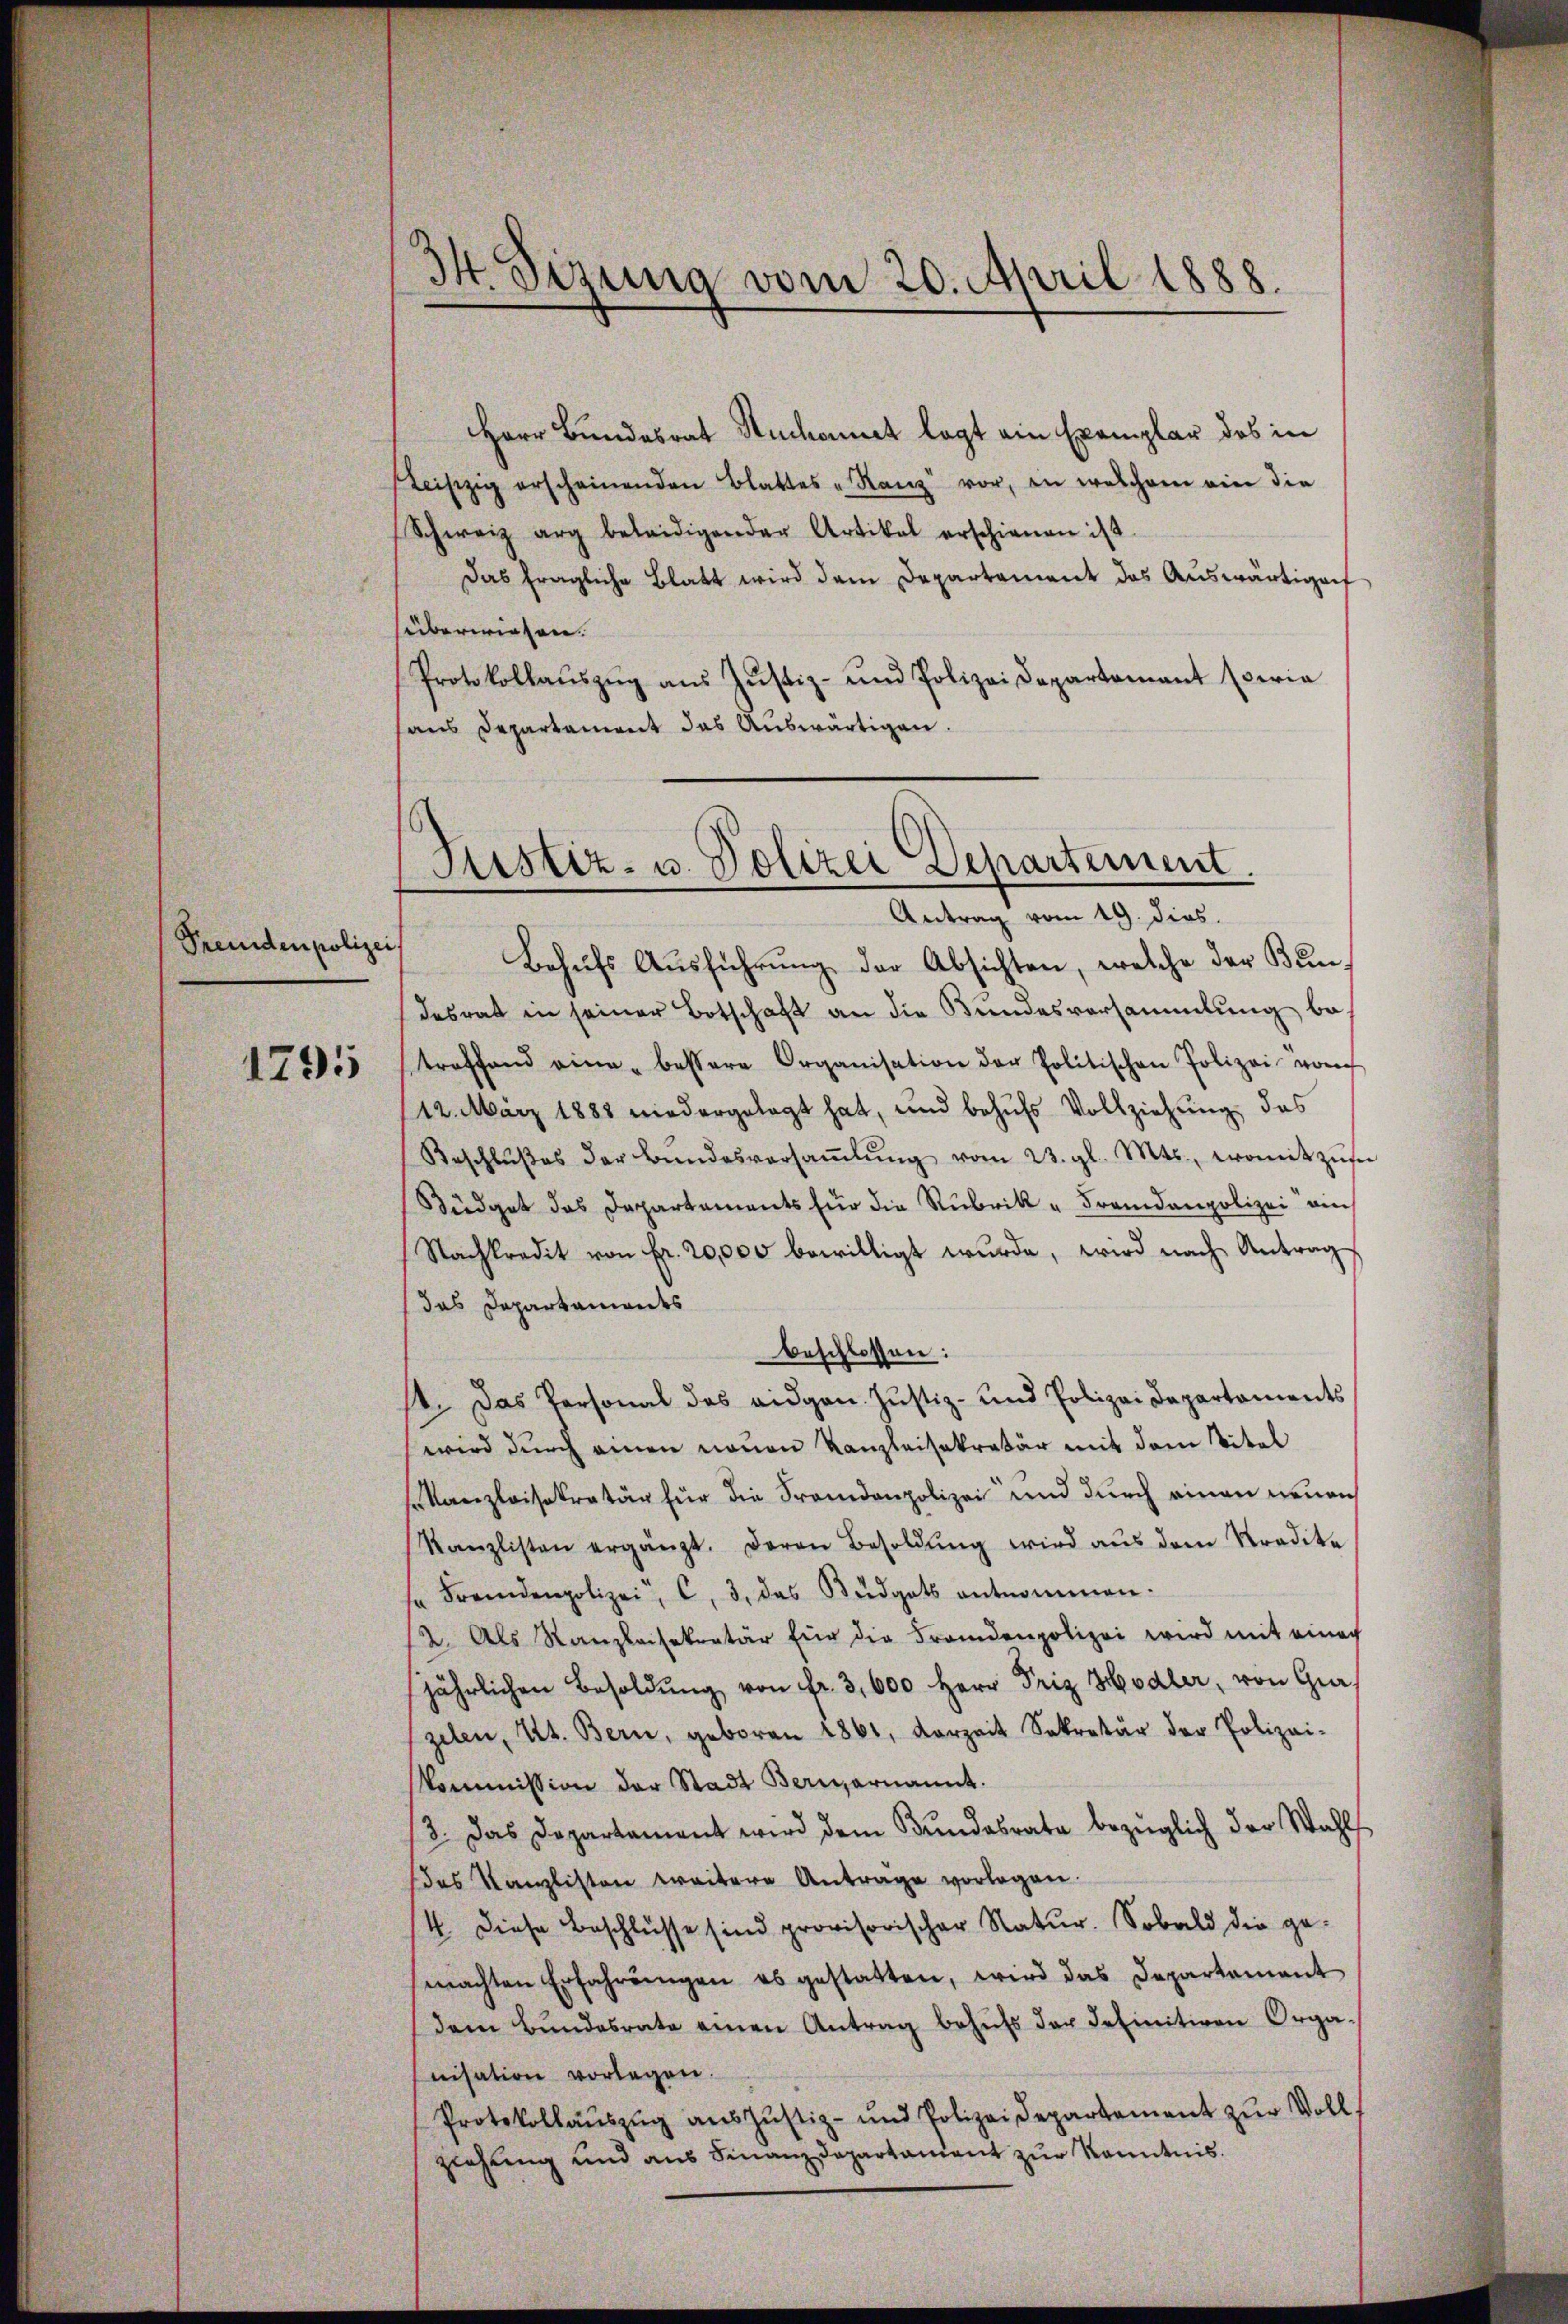
Fremden polize

1795

34. Sirung vom 20. April 1888.

Herr Bundesrat Stuckant legt ein Exemplar das in
eiszig erscheinenden Blattes "Ranz vor, in welchem ein die
Schweiz arg beleidigender Artikal erschienen ist.
Das fragliche Blatt wird dem Departement das Aŭswärtigen
süberwiesen.
Protokollaŭszŭg aŭs Jŭstiz- und Polizei Departamant peria
aus Departanweit das Auswärtigen.

d

Justiz- u. Polizei Departement.
Antrag vom 19. dies

Behufs Ausführung der Absichten, welche der Bundesrat in seiner Botschaft an die Bŭndesversammlung be-
troffend eine bessere Organisation der Politischen Polizei vom
112. März 1888 niedergelegt hat, und behufs Vollziehung, das
Beschlŭβes der Bŭndesversaṁlŭng vom 23. gl. Mts., womit zŭsa
Büdget das Departements für die Rubrik „Fremdenpolizei am
Nachkredit von Fr. 20,000 bewilligt wurde, wird nach Antrag
das Departaments
beschlossen:
st. Das Personal des eidgen. Justiz- und Polizei Departaments
wird durch einen neuen Kanzleisekretär mit dem Titel
skanzleisekretär für die Fremdenpolizei und durch einen neuen
Kanzlisten ergänzt. Deren Besoldŭng wird aus dem Tradika
se Fremdenpolizei, c. 3. das Büdgets entnommen.
12. Als Kanzleisekretär für die Fremdenpolizei wird mit einer
jährlichen Besoldŭng von fr. 3,600 Herr Friz Hodler, von Gra
zelen, Kt. Bern, geboren 1861, vorzeit Sekretär der Polizei-
kommission der Stadt Beriernannt.
3. Das Departement wird dem Bundesrate bezüglich der Wahl
das Kanzlisten weitere Antrage vorlagen.
4. Diese Beschlüsse sind provisorischer Natur. Sobald die gemachten Erfahrŭngen es gestatten, wird das Departement
dem Bŭndesrate einen Antrag behufs der definitiven Organisation vorlegen.
Protokollaŭszŭg aŭszŭstiz- und Polizeidepartement zŭr Voll
ziehung und aus Finanzdepartament zur Kenntnis.